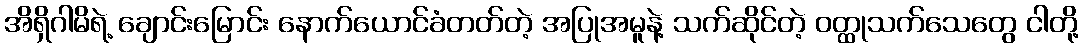
အိရှိဂါမိရဲ့ ချောင်းမြောင်း နောက်ယောင်ခံတတ်တဲ့ အပြုအမူနဲ့ သက်ဆိုင်တဲ့ ဝတ္ထုသက်သေတွေ ငါတို့